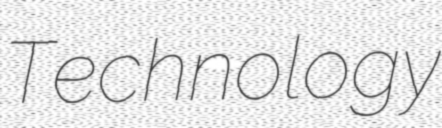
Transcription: Technology